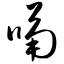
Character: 嗝